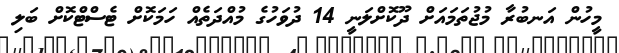
މީހުން އަނބުރާ މުޖުތަމައަށް ދޫކޮށްލަނީ 14 ދުވަހުގެ މުއްދަތެއް ހަމަކޮށް ޓެސްޓްކޮށް ބަލި